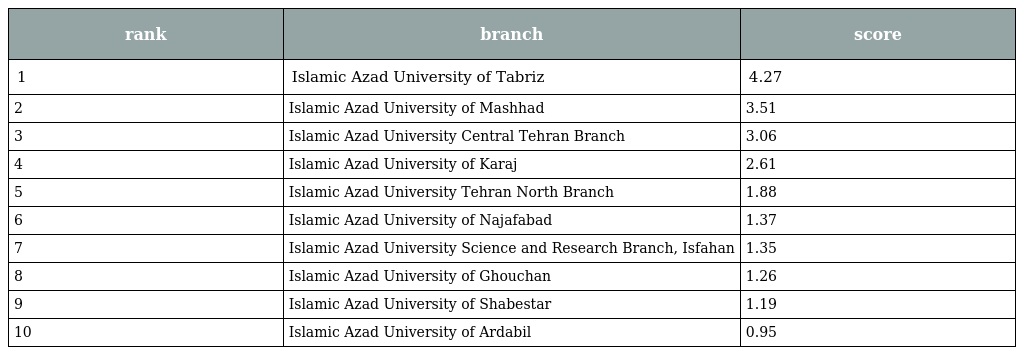
| rank | branch | score |
 | --- | --- | --- |
 | 1 | Islamic Azad University of Tabriz | 4.27 |
 | 2 | Islamic Azad University of Mashhad | 3.51 |
 | 3 | Islamic Azad University Central Tehran Branch | 3.06 |
 | 4 | Islamic Azad University of Karaj | 2.61 |
 | 5 | Islamic Azad University Tehran North Branch | 1.88 |
 | 6 | Islamic Azad University of Najafabad | 1.37 |
 | 7 | Islamic Azad University Science and Research Branch, Isfahan | 1.35 |
 | 8 | Islamic Azad University of Ghouchan | 1.26 |
 | 9 | Islamic Azad University of Shabestar | 1.19 |
 | 10 | Islamic Azad University of Ardabil | 0.95 |